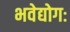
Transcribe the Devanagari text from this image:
भवेद्योगः